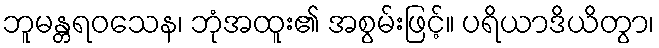
ဘူမန္တရဝသေန၊ ဘုံအထူး၏ အစွမ်းဖြင့်။ ပရိယာဒိယိတွာ၊